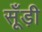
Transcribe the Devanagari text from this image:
सूँड़ी